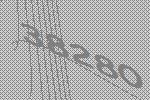
38280